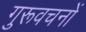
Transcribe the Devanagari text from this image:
गुरूवचनों